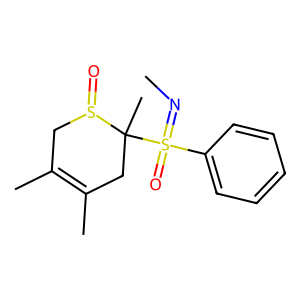
SMILES: CN=S(=O)(c1ccccc1)C1(C)CC(C)=C(C)CS1=O
Inhibits HIV replication: No